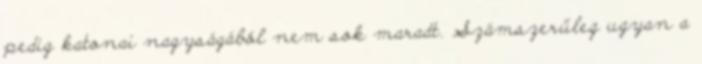
pedig katonai nagyságából nem sok maradt. Számszerűleg ugyan a